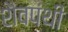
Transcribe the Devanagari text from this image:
शैवपंथी